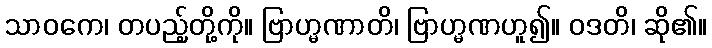
သာဝကေ၊ တပည့်တို့ကို။ ဗြာဟ္မဏာတိ၊ ဗြာဟ္မဏဟူ၍။ ဝဒတိ၊ ဆို၏။